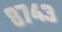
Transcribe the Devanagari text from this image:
८७४३